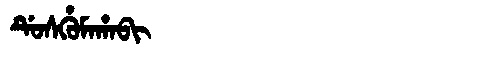
Manchu: ᡩᡠᠰᡥᡠᠮᠠᡥᠠᠪᡳ
Romanization: DUSHUMAHABI